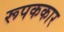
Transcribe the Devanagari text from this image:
रूपककार